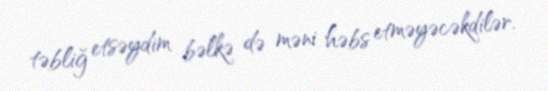
təbliğ etsəydim bəlkə də məni həbs etməyəcəkdilər.